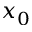
x _ { 0 }